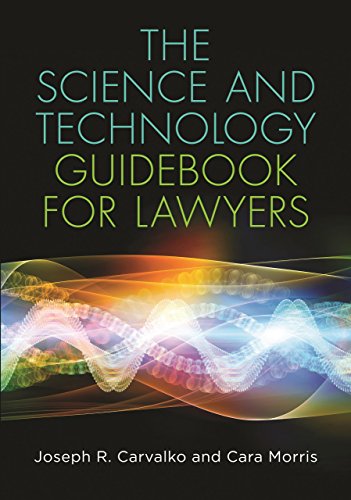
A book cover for The Science and Technology Guidebook for Lawyers; Joseph R. Carvalko ; Law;